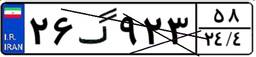
۶۷گ۰۰۶۹۷